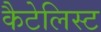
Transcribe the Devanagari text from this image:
कैटेलिस्ट